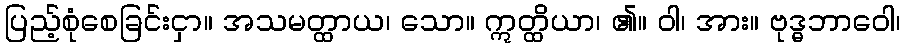
ပြည့်စုံစေခြင်းငှာ။ အသမတ္ထာယ၊ သော။ ဣတ္ထိယာ၊ ၏။ ဝါ၊ အား။ ဗုဒ္ဓဘာဝေါ၊